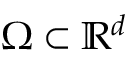
\Omega \subset \mathbb { R } ^ { d }